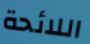
اللائحة